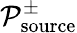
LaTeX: \mathcal{P}_{\mathrm{source}}^{\pm}